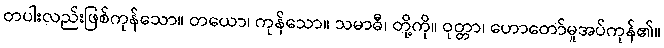
တပါးလည်းဖြစ်ကုန်သော။ တယော၊ ကုန်သော။ သမာဓီ၊ တို့ကို။ ဝုတ္တာ၊ ဟောတော်မူအပ်ကုန်၏။